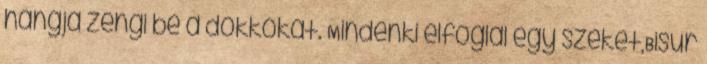
hangja zengi be a dokkokat. Mindenki elfoglal egy széket,Bisur